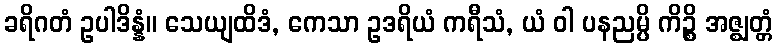
ခရိဂတံ ဥပါဒိန္နံ။ သေယျထိဒံ, ကေသာ ဥဒရိယံ ကရီသံ, ယံ ဝါ ပနညမ္ပိ ကိဉ္စိ အဇ္ဈတ္တံ